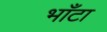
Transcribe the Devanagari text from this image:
भाँटा